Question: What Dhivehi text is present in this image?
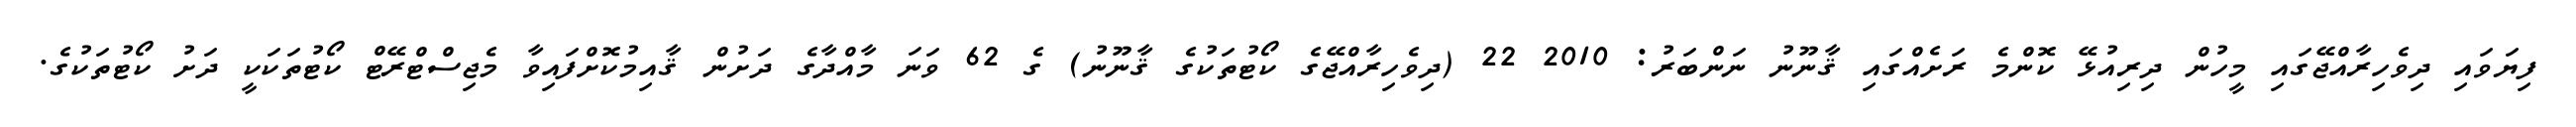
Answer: ފިޔަވައި ދިވެހިރާއްޖޭގައި މީހުން ދިރިއުޅޭ ކޮންމެ ރަށެއްގައި ޤާނޫނު ނަންބަރު: 2010 22 (ދިވެހިރާއްޖޭގެ ކޯޓުތަކުގެ ޤާނޫނު) ގެ 62 ވަނަ މާއްދާގެ ދަށުން ޤާއިމުކޮށްފައިވާ މެޖިސްޓްރޭޓް ކޯޓުތަކަކީ ދަށު ކޯޓުތަކުގެ.